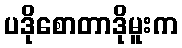
ပဒိုစောတာဒိုမူးက